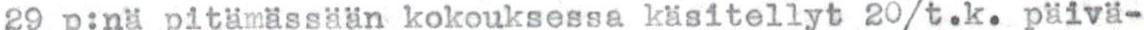
29 p:nä pitämässään kokouksessa käsitellyt 20/t.k. päivä-